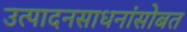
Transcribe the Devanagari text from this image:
उत्पादनसाधनांसोबत